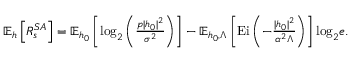
\begin{array} { r } { \mathbb { E } _ { \boldsymbol { h } } \left[ R _ { s } ^ { S A } \right] = \mathbb { E } _ { \boldsymbol { h _ { 0 } } } \left[ \mathrm { l o g } _ { 2 } \left( \frac { p | h _ { 0 } | ^ { 2 } } { \sigma ^ { 2 } } \right) \right] - \mathbb { E } _ { \boldsymbol { h _ { 0 } } , \Lambda } \left[ \mathrm { E i } \left( - \frac { | h _ { 0 } | ^ { 2 } } { \alpha ^ { 2 } \Lambda } \right) \right] \mathrm { l o g } _ { 2 } e . } \end{array}